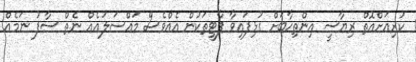
ކުރިއަށްއޮތް ރިޔާސީ އިންތިޚާބަށް ގުޅިފައިވާ ޕާޓީތަކުން އެއްވެސް މައްސަލައެއް ނެތް ސާފު ނަމެއް